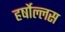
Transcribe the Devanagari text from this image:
हर्षोल्लस